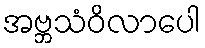
အဗ္ဘသံဝိလာပေါ